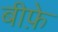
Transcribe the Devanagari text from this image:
बीफ़े